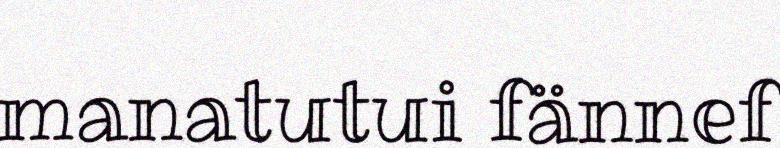
manatutui fännef